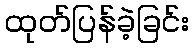
ထုတ်ပြန်ခဲ့ခြင်း